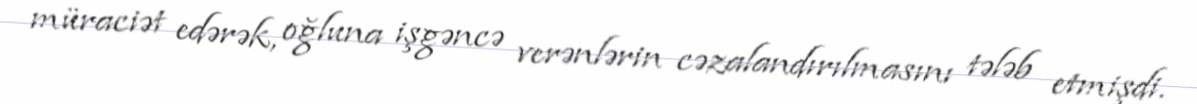
müraciət edərək, oğluna işgəncə verənlərin cəzalandırılmasını tələb etmişdi.